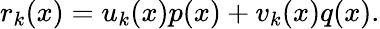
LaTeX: r_{k}(x)=u_{k}(x)p(x)+v_{k}(x)q(x).